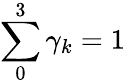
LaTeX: \sum_{0}^{3}{{{\gamma}_{k}}}=1